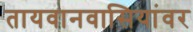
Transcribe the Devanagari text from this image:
तायवानवासियांवर